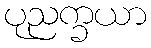
ပုညက္ခယာ